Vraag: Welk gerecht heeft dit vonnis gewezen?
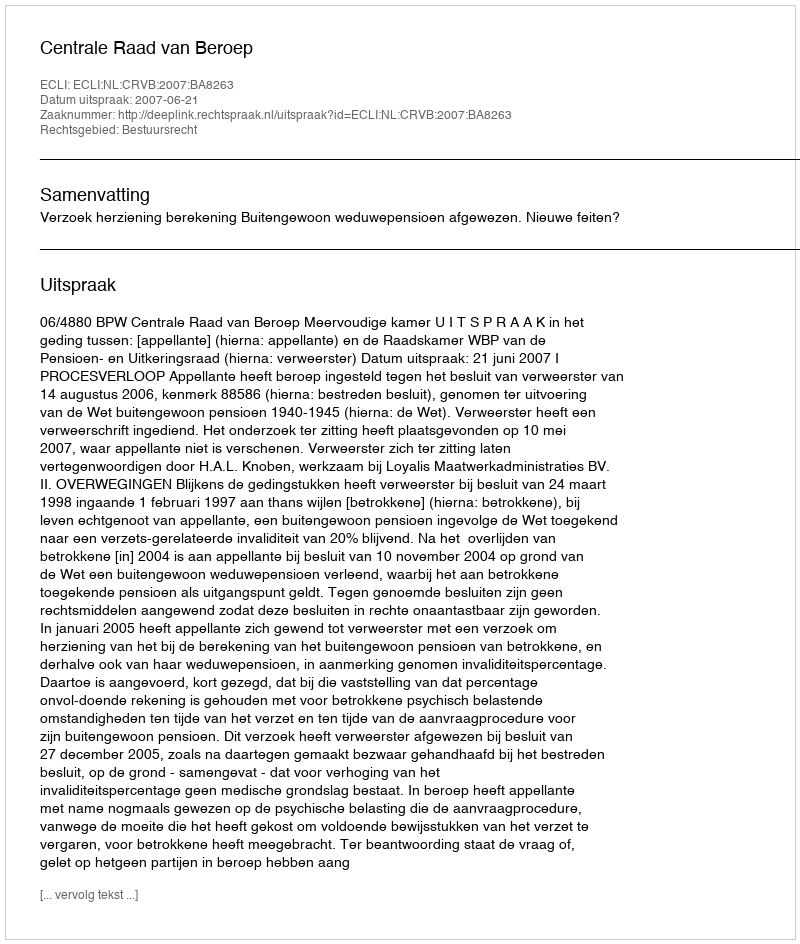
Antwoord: Centrale Raad van Beroep